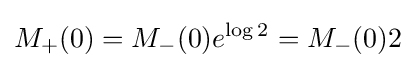
M_{+}(0)=M_{-}(0)e^{\log {2}}=M_{-}(0)2